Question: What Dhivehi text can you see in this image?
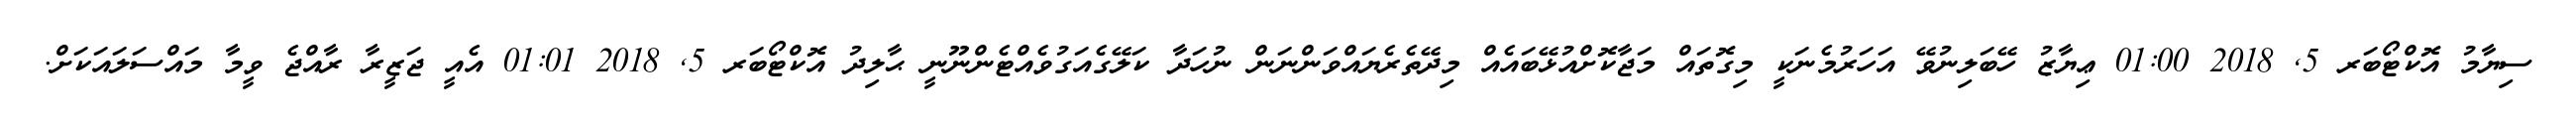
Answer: ސިޔާމު އޮކްޓޯބަރ 5, 2018 01:00 ޢިޔާޒު ހޭބަލިނުވޭ އަހަރުމެނަކީ މިގޮތައް މަޖާކޮށްއުޅޭބައެއް މިދޭތެރެޔައްވަންނަން ނުހަދާ ކަލޭގެއަގުވެއްޓެންނޫނީ ޙާލިދު އޮކްޓޯބަރ 5, 2018 01:01 އެއީ ޖަޒީރާ ރާއްޖެ ވީމާ މައްސަލައަކަށް.